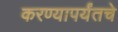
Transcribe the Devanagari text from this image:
करण्यापर्यंतचे